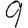
Digit: 9